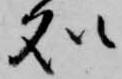
処